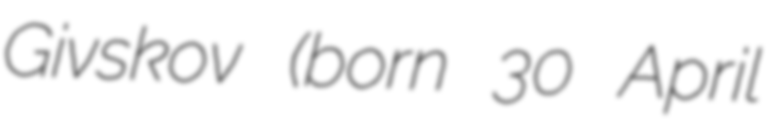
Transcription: Givskov (born 30 April